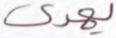
يهدى